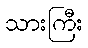
သားကြီး